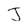
Character: J